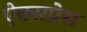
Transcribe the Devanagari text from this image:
ऐक्सप्रेस